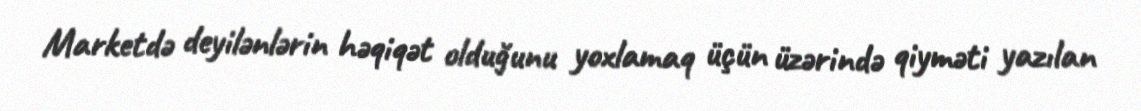
Marketdə deyilənlərin həqiqət olduğunu yoxlamaq üçün üzərində qiyməti yazılan